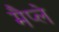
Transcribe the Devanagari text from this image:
मैप्ले